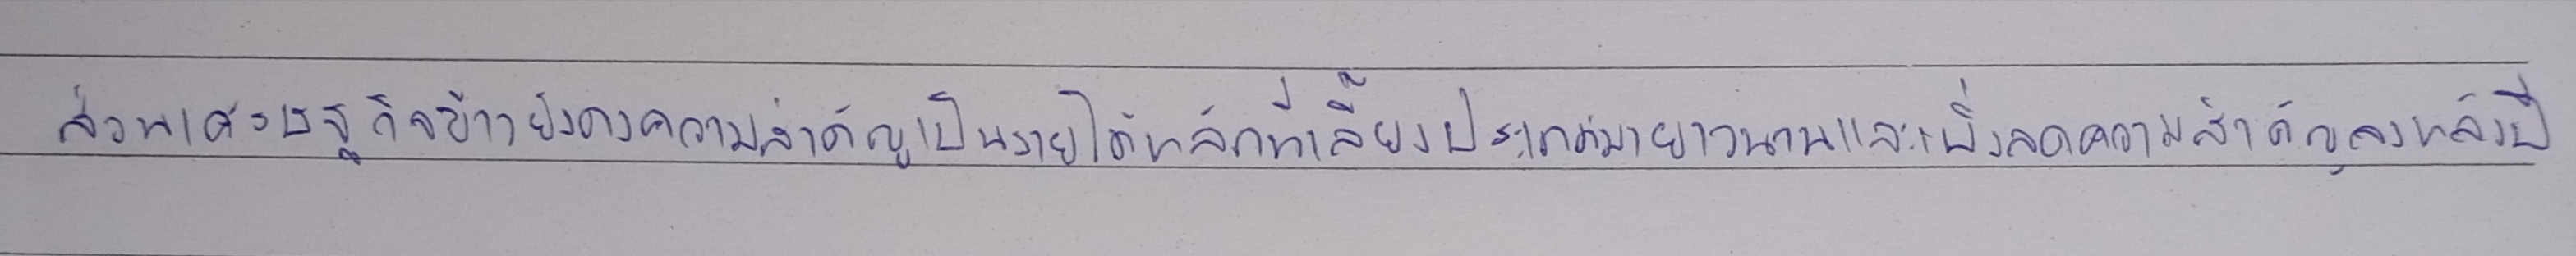
ส่วนเศรษฐกิจข้าวยังคงความสำคัญเป็นรายได้หลักที่เลี้ยงประเทศมายาวนานและเพิ่งลดความสำคัญลงหลังปี